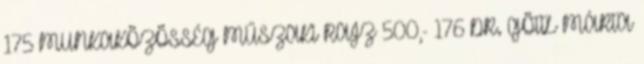
175 MUNKAKÖZÖSSÉG MŰSZAKI RAJZ 500,- 176 DR. GÖTTL MÁRTA